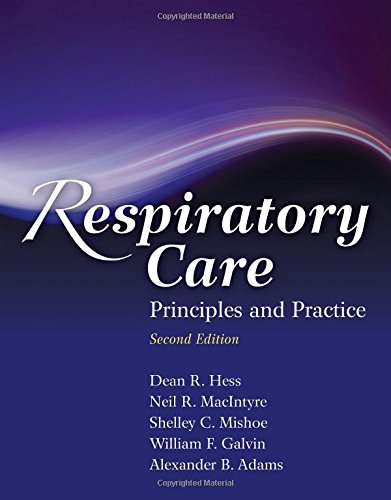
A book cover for Respiratory Care: Principles And Practice; Dean R. Hess; Medical Books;